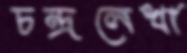
চন্দ্রলেখা